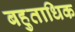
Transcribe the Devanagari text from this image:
बहुताधिक